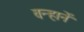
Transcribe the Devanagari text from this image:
वन्हानें